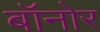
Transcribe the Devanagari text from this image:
बॉनोर